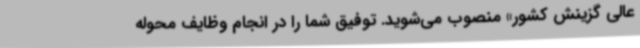
عالی گزینش کشور» منصوب می‌شوید. توفیق شما را در انجام وظایف محوله